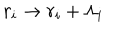
r _ { i } \rightarrow r _ { i } + \Lambda _ { i }